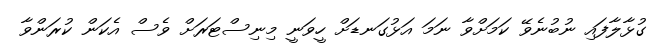
ގުޅާލާފައި ނުބުނެވޭ ކަމަށްވާ ނަމަ އަޅުގަނޑަށް ހީވަނީ މިނިސްޓަރަށް ވެސް އެކަން ކުރަންވާ